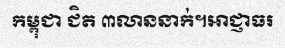
កម្ពុជា ជិត ៣លាននាក់។អាជ្ញាធរ